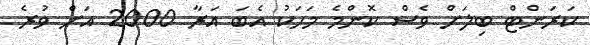
ކަރަންޓް ބިލަށް ވެސް ކޮންމެ މަހަކު އެބަ އަރާ 2000 އަށް ވުރެ